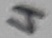
Text: 4